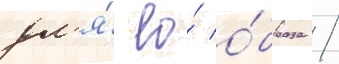
дл'я́ ео́ о́браза /